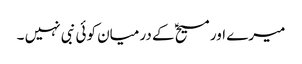
میرے اور مسیحؑ کے درمیان کوئی نبی نہیں ۔